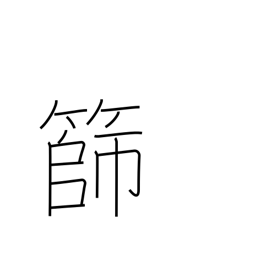
Meaning: sieve